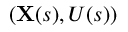
( \mathbf { X } ( s ) , U ( s ) )